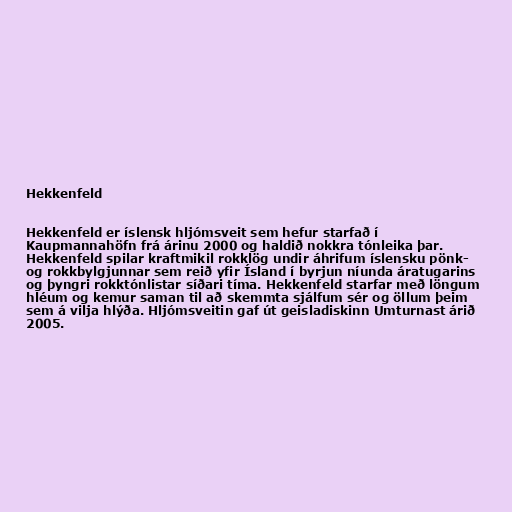
Hekkenfeld

Hekkenfeld er íslensk hljómsveit sem hefur starfað í
Kaupmannahöfn frá árinu 2000 og haldið nokkra tónleika þar.
Hekkenfeld spilar kraftmikil rokklög undir áhrifum íslensku pönk-
og rokkbylgjunnar sem reið yfir Ísland í byrjun níunda áratugarins
og þyngri rokktónlistar síðari tíma. Hekkenfeld starfar með löngum
hléum og kemur saman til að skemmta sjálfum sér og öllum þeim
sem á vilja hlýða. Hljómsveitin gaf út geisladiskinn Umturnast árið
2005.